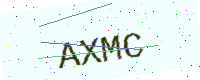
Text: AXMC